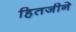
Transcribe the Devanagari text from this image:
हितजीने